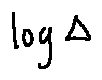
\log \Delta